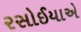
રસોઈયાએ